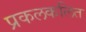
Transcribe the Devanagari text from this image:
प्रकलकलित